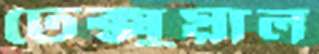
টেক্সুয়াল